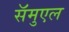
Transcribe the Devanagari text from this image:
सॅमुएल